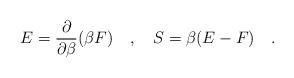
LaTeX: \begin{align*}E={\partial \over \partial \beta}(\beta F)~~~,~~~S=\beta(E-F)~~~.\end{align*}